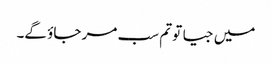
میں جیا تو تم سب مر جاؤ گے۔